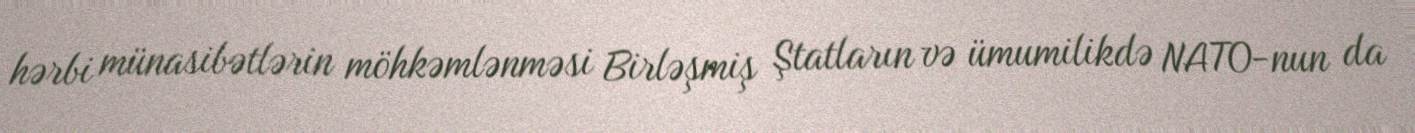
hərbi münasibətlərin möhkəmlənməsi Birləşmiş Ştatların və ümumilikdə NATO-nun da